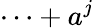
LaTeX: \cdots+a^{j}